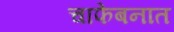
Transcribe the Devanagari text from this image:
चाफेबनात